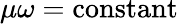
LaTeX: \mu\omega=\mathrm{constant}